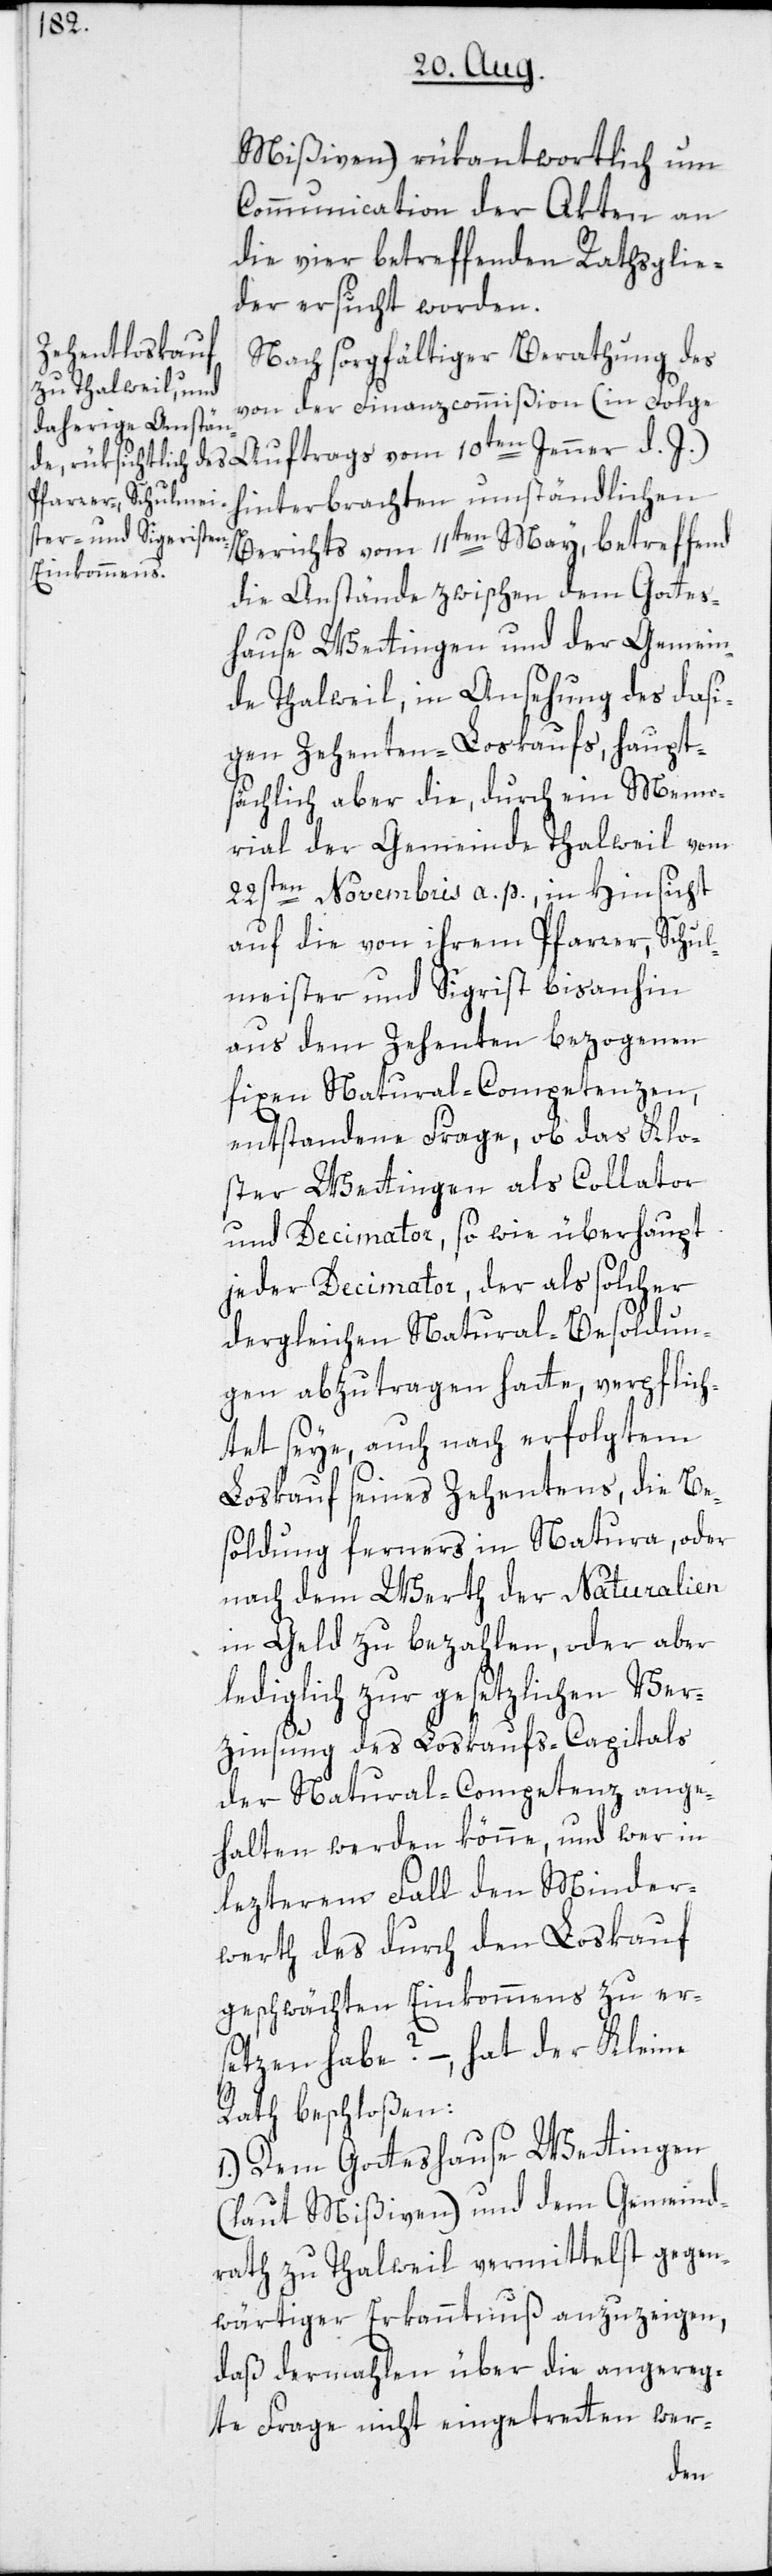
Mißiven) rükantwortlich um
Communication der Akten an
die vier betreffenden Rathsglie¬
der ersucht worden.
Nach sorgfältiger Berathung des
von der Finanzcommißion (in Folge
hinterbrachten umständlichen
Berichts vom 11ten May, betreffend
die Anstände zwischen dem Gottes¬
hause Wettingen und der Gemein¬
de Thalweil, in Ansehung des dasi¬
gen Zehenten-Loskaufs, haupts¬
ächlich aber die, durch ein Memo¬
rial der Gemeinde Thalweil vom
22sten Novembris a. p., in Hinsicht
auf die von ihrem Pfarrer, Schul¬
meister und Sigrist bisanhin
aus dem Zehenten bezogenen
fixen Natural-Competenzen,
entstandene Frage, ob das Klo¬
ster Wettingen als Collator
und Decimator, so wie überhaupt
jeder Decimator, der als solcher
dergleichen Natural-Besoldun¬
gen abzutragen hatte, verpflich¬
tet seye, auch nach erfolgtem
Loskauf seines Zehentens, die Be¬
soldung ferners in Natura, oder
nach dem Werth der Naturalien
in Geld zu bezahlen, oder aber
lediglich zur gesetzlichen Ver¬
zinsung des Loskaufs-Capitals
der Natural-Competenz ange¬
halten werden könne, und wer in
lezterem Fall den Minder¬
werth des durch den Loskauf
geschwächten Einkommens zu er¬
setzen habe? –, hat der Kleine
Rath beschloßen:
1.) Dem Gotteshause Wettingen
(laut Mißiven) und dem Gemeind¬
rath zu Thalweil vermittelst gegen¬
wärtiger Erkanntnuß anzuzeigen,
daß dermahlen über die angereg¬
te Frage nicht eingetretten wer-